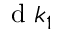
\mathrm { ~ d ~ } k _ { 1 }